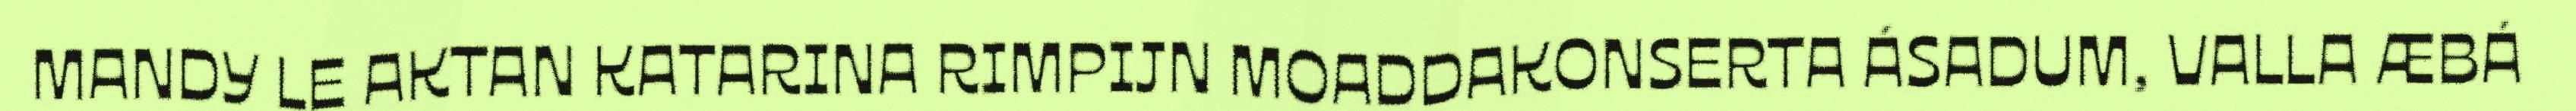
MANDY LE AKTAN KATARINA RIMPIJN MOADDAKONSERTA ÁSADUM, VALLA ÆBÁ